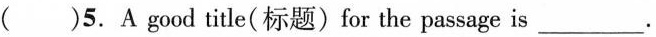
()5.A good title(标题)for the passage is ___.